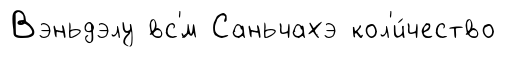
Вэньдэлу вс'́м Саньчахэ кол'и́чество